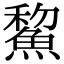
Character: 鯬